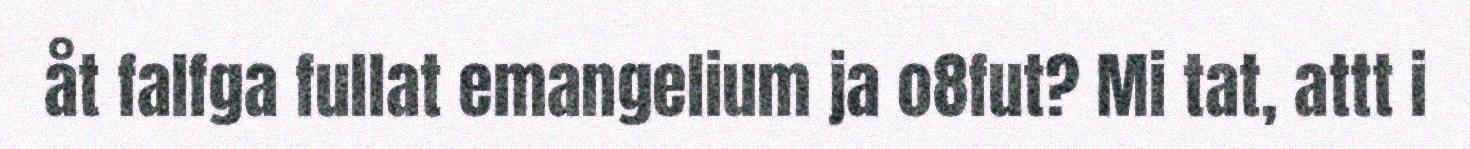
åt falfga fullat emangelium ja o8fut? Mi tat, attt i